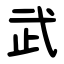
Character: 武